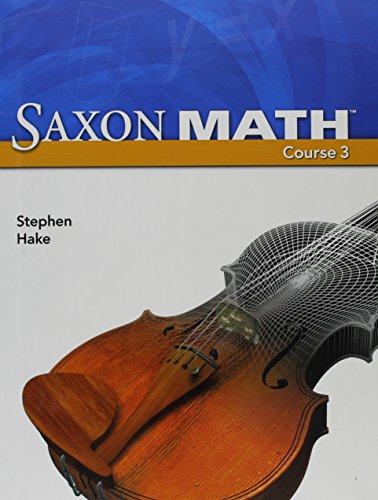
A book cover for Saxon Math Course 3 (2007 Student edition); SAXON PUBLISHERS; Teen & Young Adult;